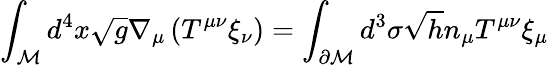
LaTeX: \displaystyle\int_{\mathcal{M}}d^{4}x\sqrt{g}\nabla_{\mu}\left(T^{\mu\nu}\xi_{\nu}\right)=\displaystyle\int_{\partial\mathcal{M}}d^{3}\sigma\sqrt{h}n_{\mu}T^{\mu\nu}\xi_{\mu}